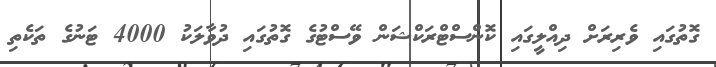
ގޮތުގައި ވެރިރަށް ދިއްލީގައި ކޮންސްޓްރަކްޝަން ވޭސްޓުގެ ގޮތުގައި ދުވާލަކު 4000 ޓަނުގެ ތަކެތި